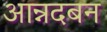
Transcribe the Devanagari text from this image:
आन्नदबन